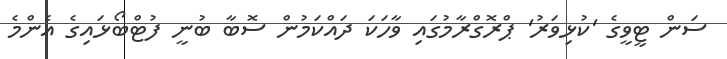
ސަން ޓީވީގެ 'ކުޅިވަރު' ޕްރޮގްރާމުގައި ވާހަކަ ދައްކަމުން ސޮބާ ބުނީ ފުޓްބޯޅައިގެ އެންމެ